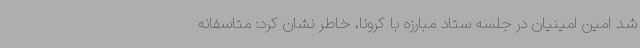
شد امین امینیان در جلسه ستاد مبارزه با کرونا، خاطر نشان کرد: متاسفانه